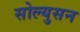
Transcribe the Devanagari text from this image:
सोल्युसन